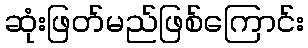
ဆုံးဖြတ်မည်ဖြစ်ကြောင်း